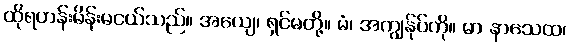
ထိုရဟန်းမိန်းမငယ်သည်။ အယျေ၊ ရှင်မတို့။ မံ၊ အကျွန်ုပ်ကို။ မာ နာသေထ၊